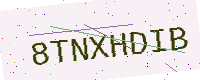
Text: 8TNXHDIB